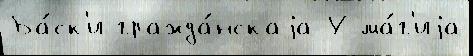
Ба́ск'и гражда́нскаjа У ма́г'иjа